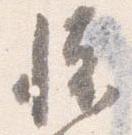
懐